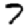
Digit: 7